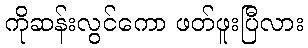
ကိုဆန်းလွင်ကော ဖတ်ဖူးပြီလား